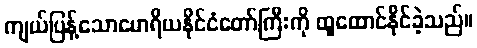
ကျယ်ပြန့်သောမောရိယနိုင်ငံတော်ကြီးကို ထူထောင်နိုင်ခဲ့သည်။